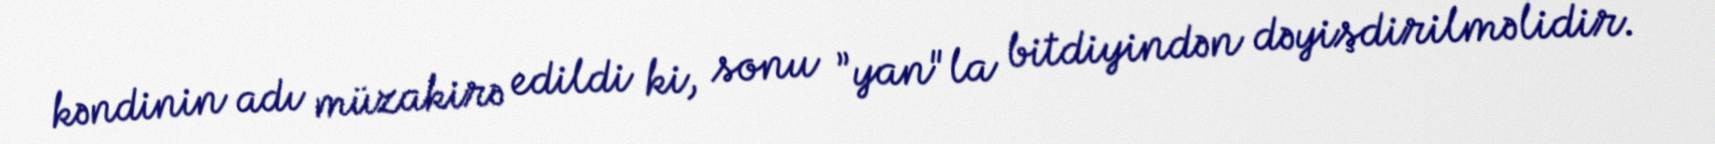
kəndinin adı müzakirə edildi ki, sonu ”yan"la bitdiyindən dəyişdirilməlidir.